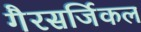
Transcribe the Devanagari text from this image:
गैरसर्जिकल